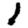
Digit: 1